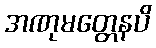
အဏုမတ္တေနပိ